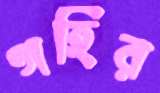
গহির